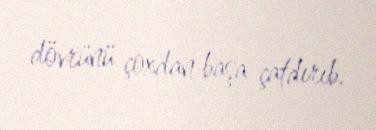
dövrünü çoxdan başa çatdırıb.